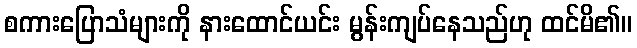
စကားပြောသံများကို နားထောင်ယင်း မွန်းကျပ်နေသည်ဟု ထင်မိ၏။